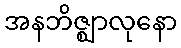
အနဘိဇ္ဈာလုနော